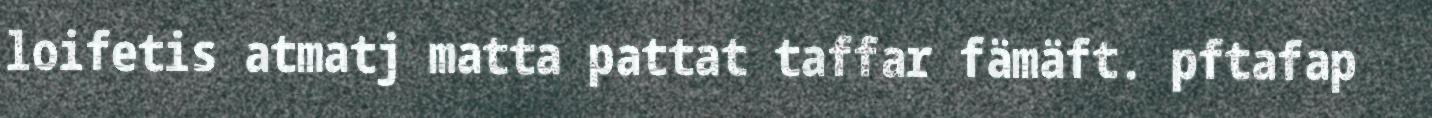
loifetis atmatj matta pattat taffar fämäft. pftafap